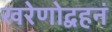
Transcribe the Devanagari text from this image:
खरेणोद्वहनं